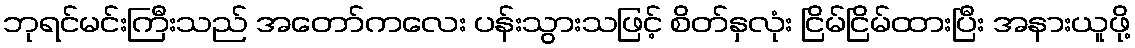
ဘုရင်မင်းကြီးသည် အတော်ကလေး ပန်းသွားသဖြင့် စိတ်နှလုံး ငြိမ်ငြိမ်ထားပြီး အနားယူဖို့